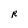
Character: R